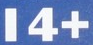
14+